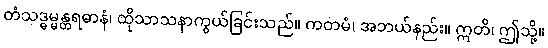
တံသဒ္ဓမ္မန္တရဓာနံ၊ ထိုသာသနာကွယ်ခြင်းသည်။ ကတမံ၊ အဘယ်နည်း။ ဣတိ၊ ဤသို့။